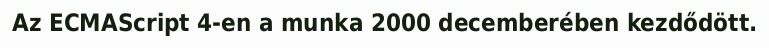
Az ECMAScript 4-en a munka 2000 decemberében kezdődött.